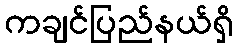
ကချင်ပြည်နယ်ရှိ